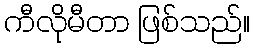
ကီလိုမီတာ ဖြစ်သည်။